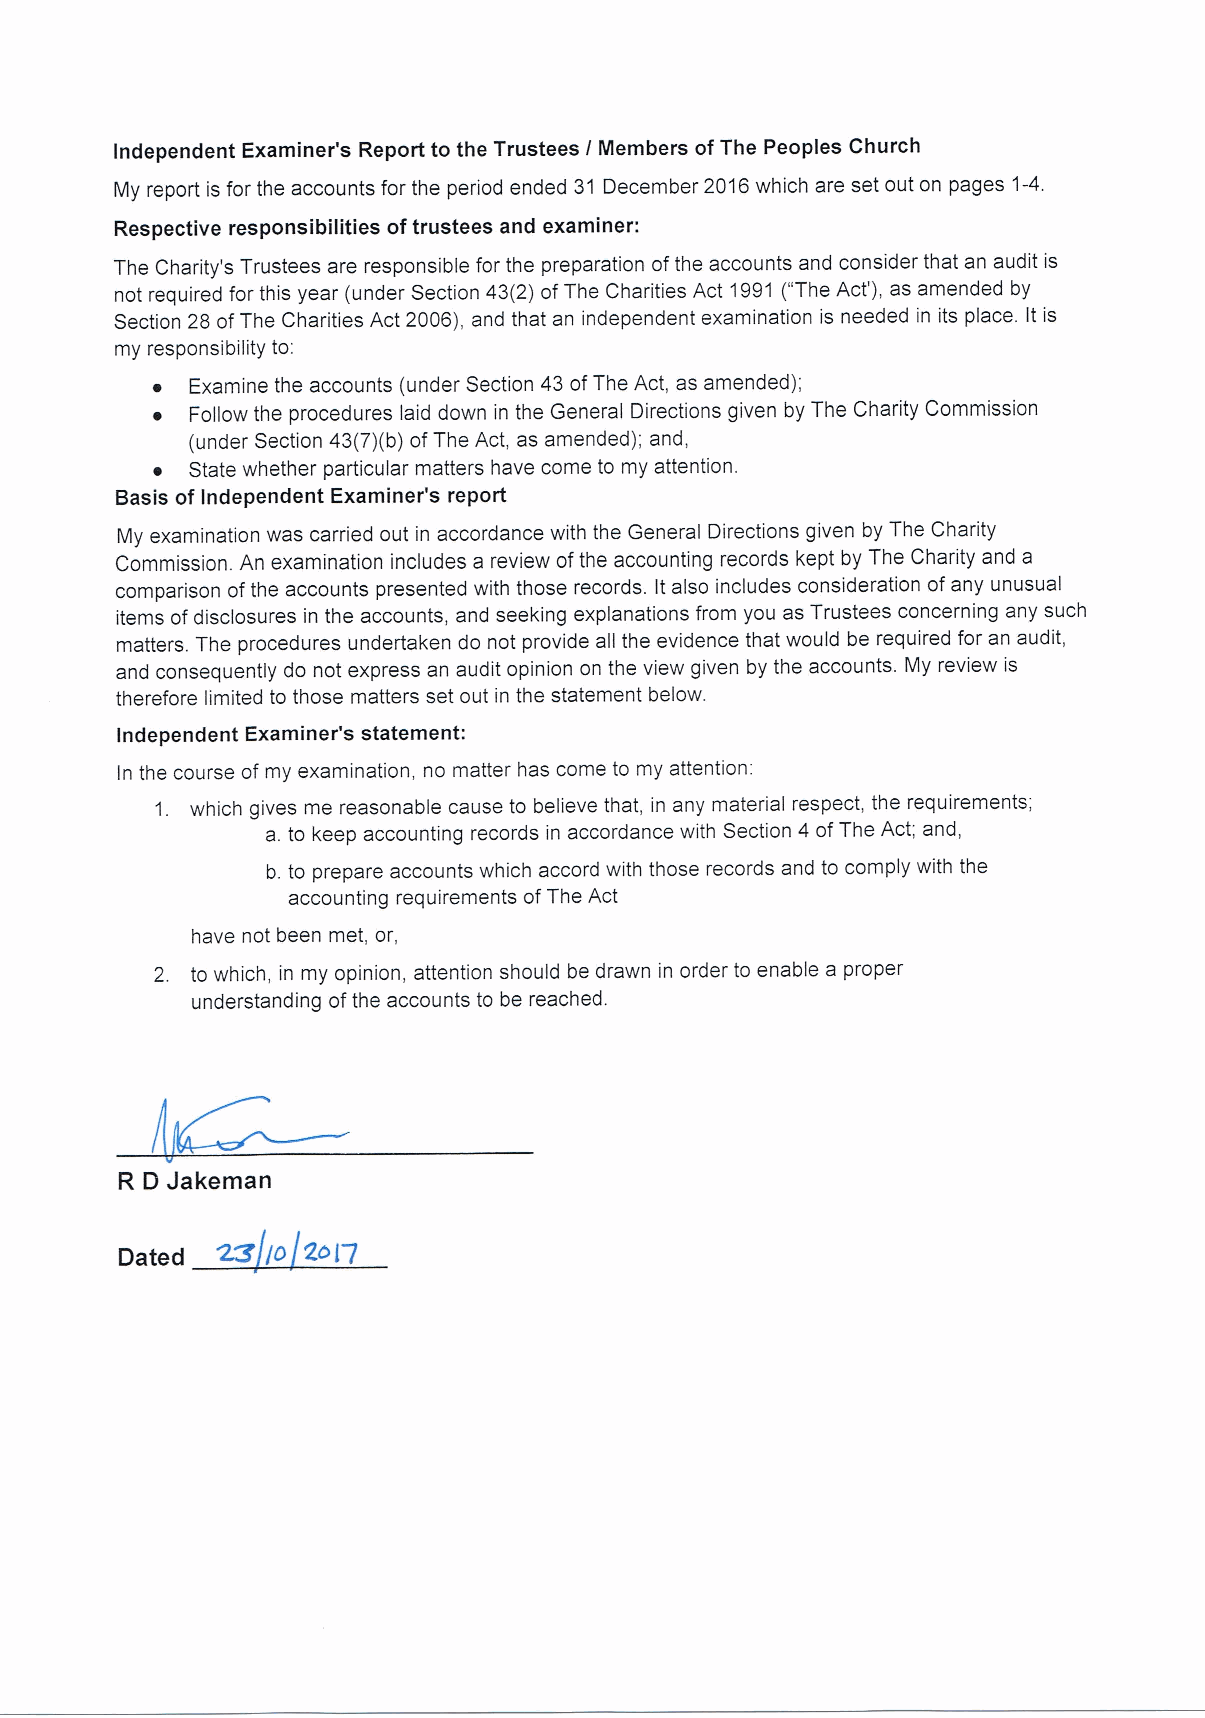
Independent Examiner's Report to the Trustees I Members ofThe Peoples Church
 My report is for the accounts for the period ended 31 December 2016which are set out on pages 1-4.
 Respective responsibilities oftrustees and examiner:
 The Charity's Trustees are responsible for the preparation ofthe accounts and consider that an audit is
 not required for this year (under Section 43(2) ofThe Charities Act 1991("The Act'), as amended by
 Section 28 ofThe Charities Act 2006), and that an independent examination is needed in its place. It is
 my responsibility to:
 ~  Examine the accounts (under Section 43 ofThe Act, as amended);
 ~  Follow the procedures laid down in the General Directions given by The Charity Commission
 (under Section 43(7)(b) ofThe Act, as amended); and,
 ~  State whether particular matters have come to my attention.
 Basis of Independent Examiner's report
 My examination was carried out in accordance with the General Directions given by The Charity
 Commission. An examination includes a review ofthe accounting records kept by The Charity and a
 comparison ofthe accounts presented with those records. Italso includes consideration ofany unusual
 items ofdisclosures in the accounts, and seeking explanations from you as Trustees concerning any such
 matters. The procedures undertaken do not provide all the evidence that would be required for an audit,
 and consequently do not express an audit opinion on the view given by the accounts. My review is
 therefore limited to those matters set out in the statement below.
 Independent Examiner's statement:
 In the course of my examination, no matter has come to my attention:
 1. which gives me reasonable cause to believe that, in any material respect, the requirements;
 a. to keep accounting records in accordance with Section 4 ofThe Act; and,
 b. to prepare accounts which accord with those records and to comply with the
 accounting requirements ofThe Act
 have not been met, or,
 2. to which, in my opinion, attention should be drawn in order to enable a proper
 understanding ofthe accounts to be reached.
 R D Jakeman
 ~
 Dated     /0 Zol7